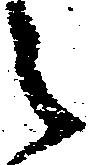
之